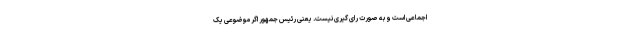
اجماعی است و به صورت رای گیری نیست. یعنی رئیس جمهور اگر موضوعی یک